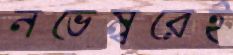
নভেম্বরেই